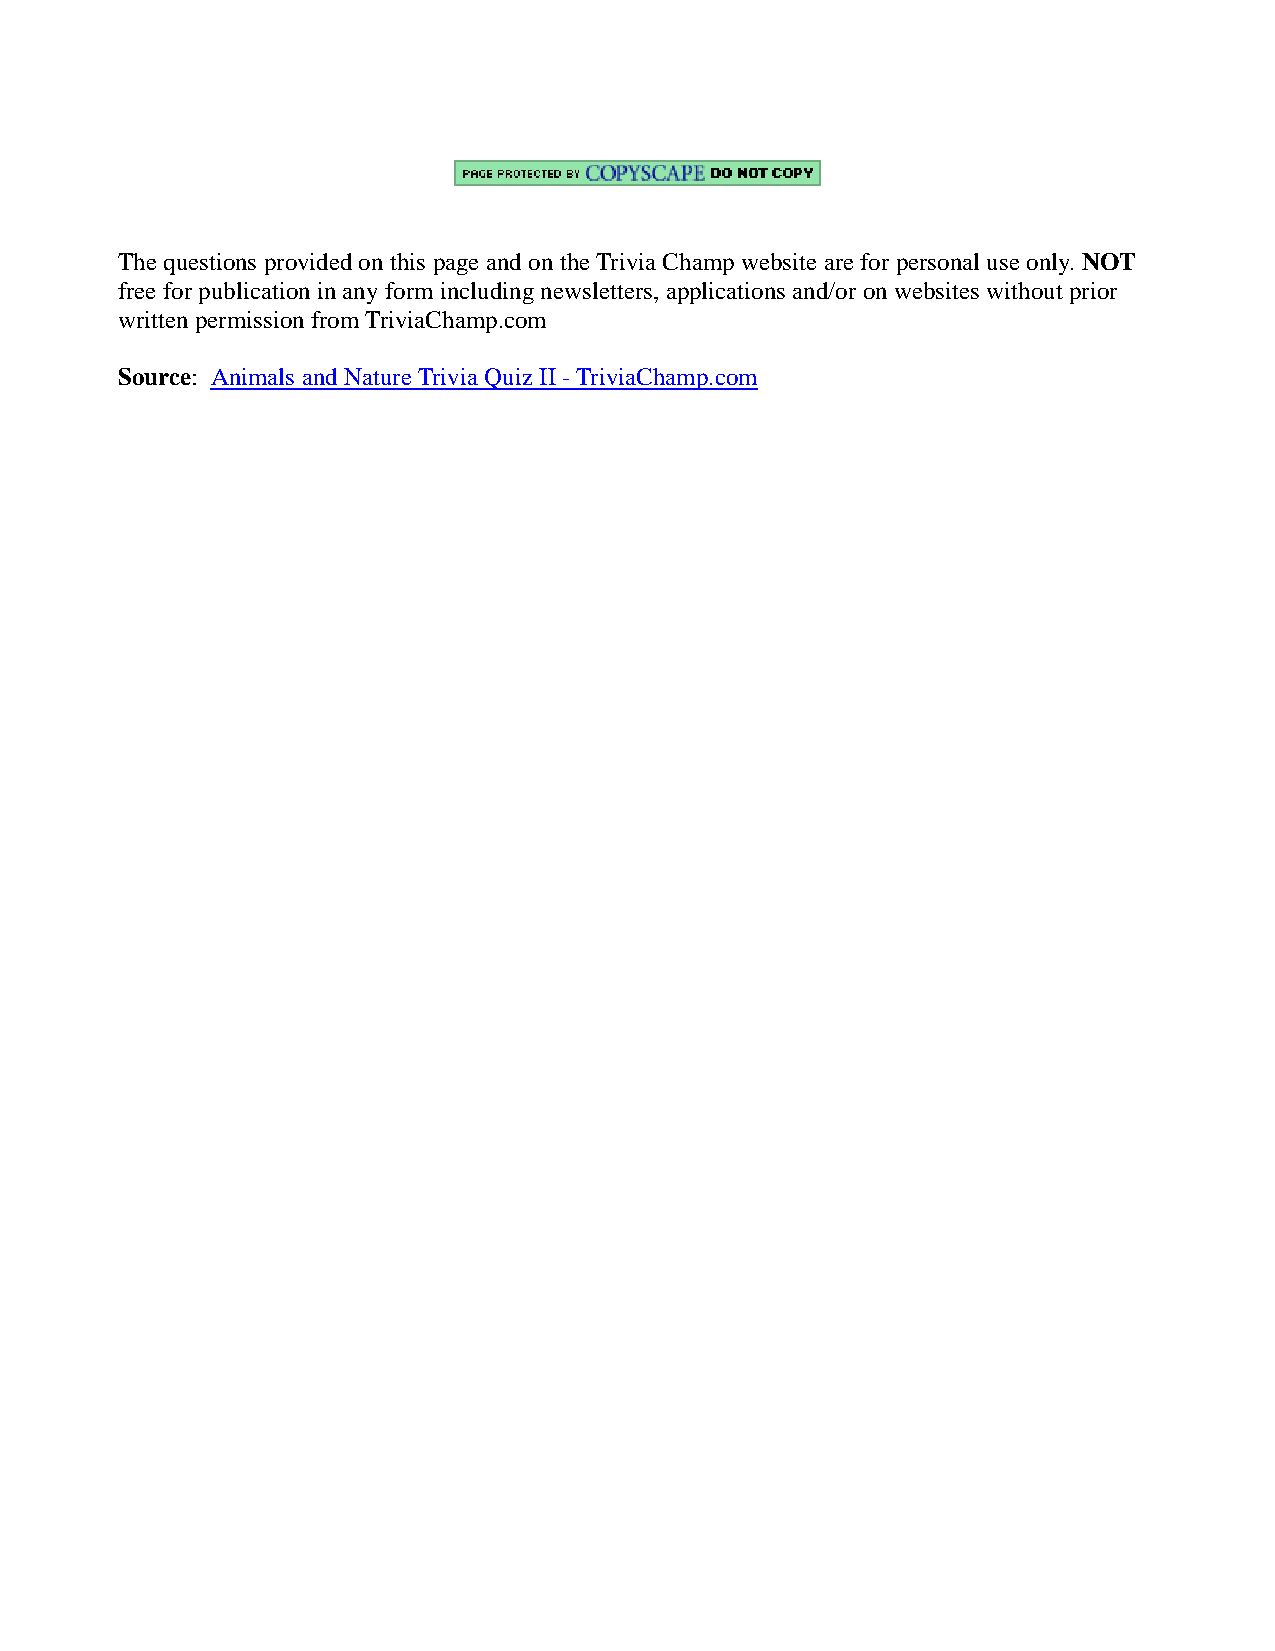
The questions provided on this page and on the Trivia Champ website are for personal use only. NOT
 free for publication in any form including newsletters, applications and/or on websites without prior
 written permission from TriviaChamp.com
 Source: Animals and Nature Trivia Quiz II - TriviaChamp.com